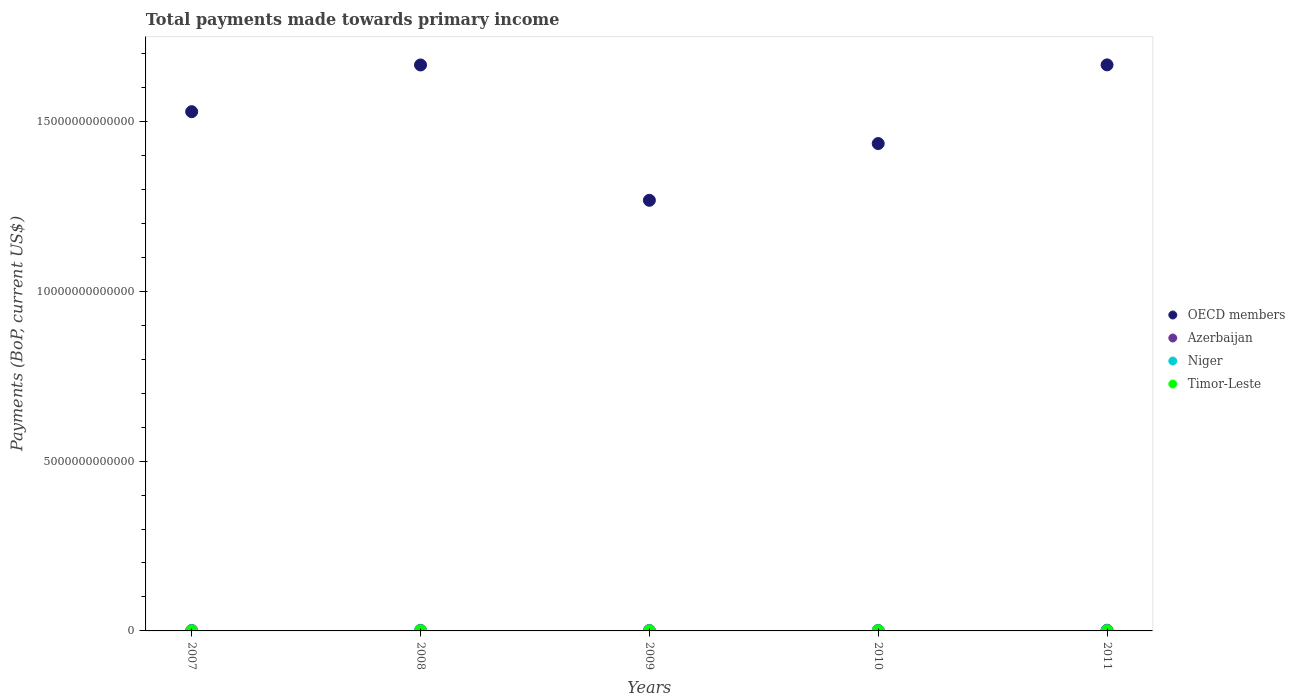
| Years | OECD members | Azerbaijan | Niger | Timor-Leste |
 | --- | --- | --- | --- | --- |
 | 2007 | 1.53e+13 | 1.47e+10 | 1.34e+09 | 5.06e+08 |
 | 2008 | 1.67e+13 | 1.71e+10 | 2.01e+09 | 8.1e+08 |
 | 2009 | 1.27e+13 | 1.39e+10 | 2.66e+09 | 1.18e+09 |
 | 2010 | 1.43e+13 | 1.44e+10 | 2.92e+09 | 1.35e+09 |
 | 2011 | 1.67e+13 | 2.16e+10 | 3.21e+09 | 1.88e+09 |